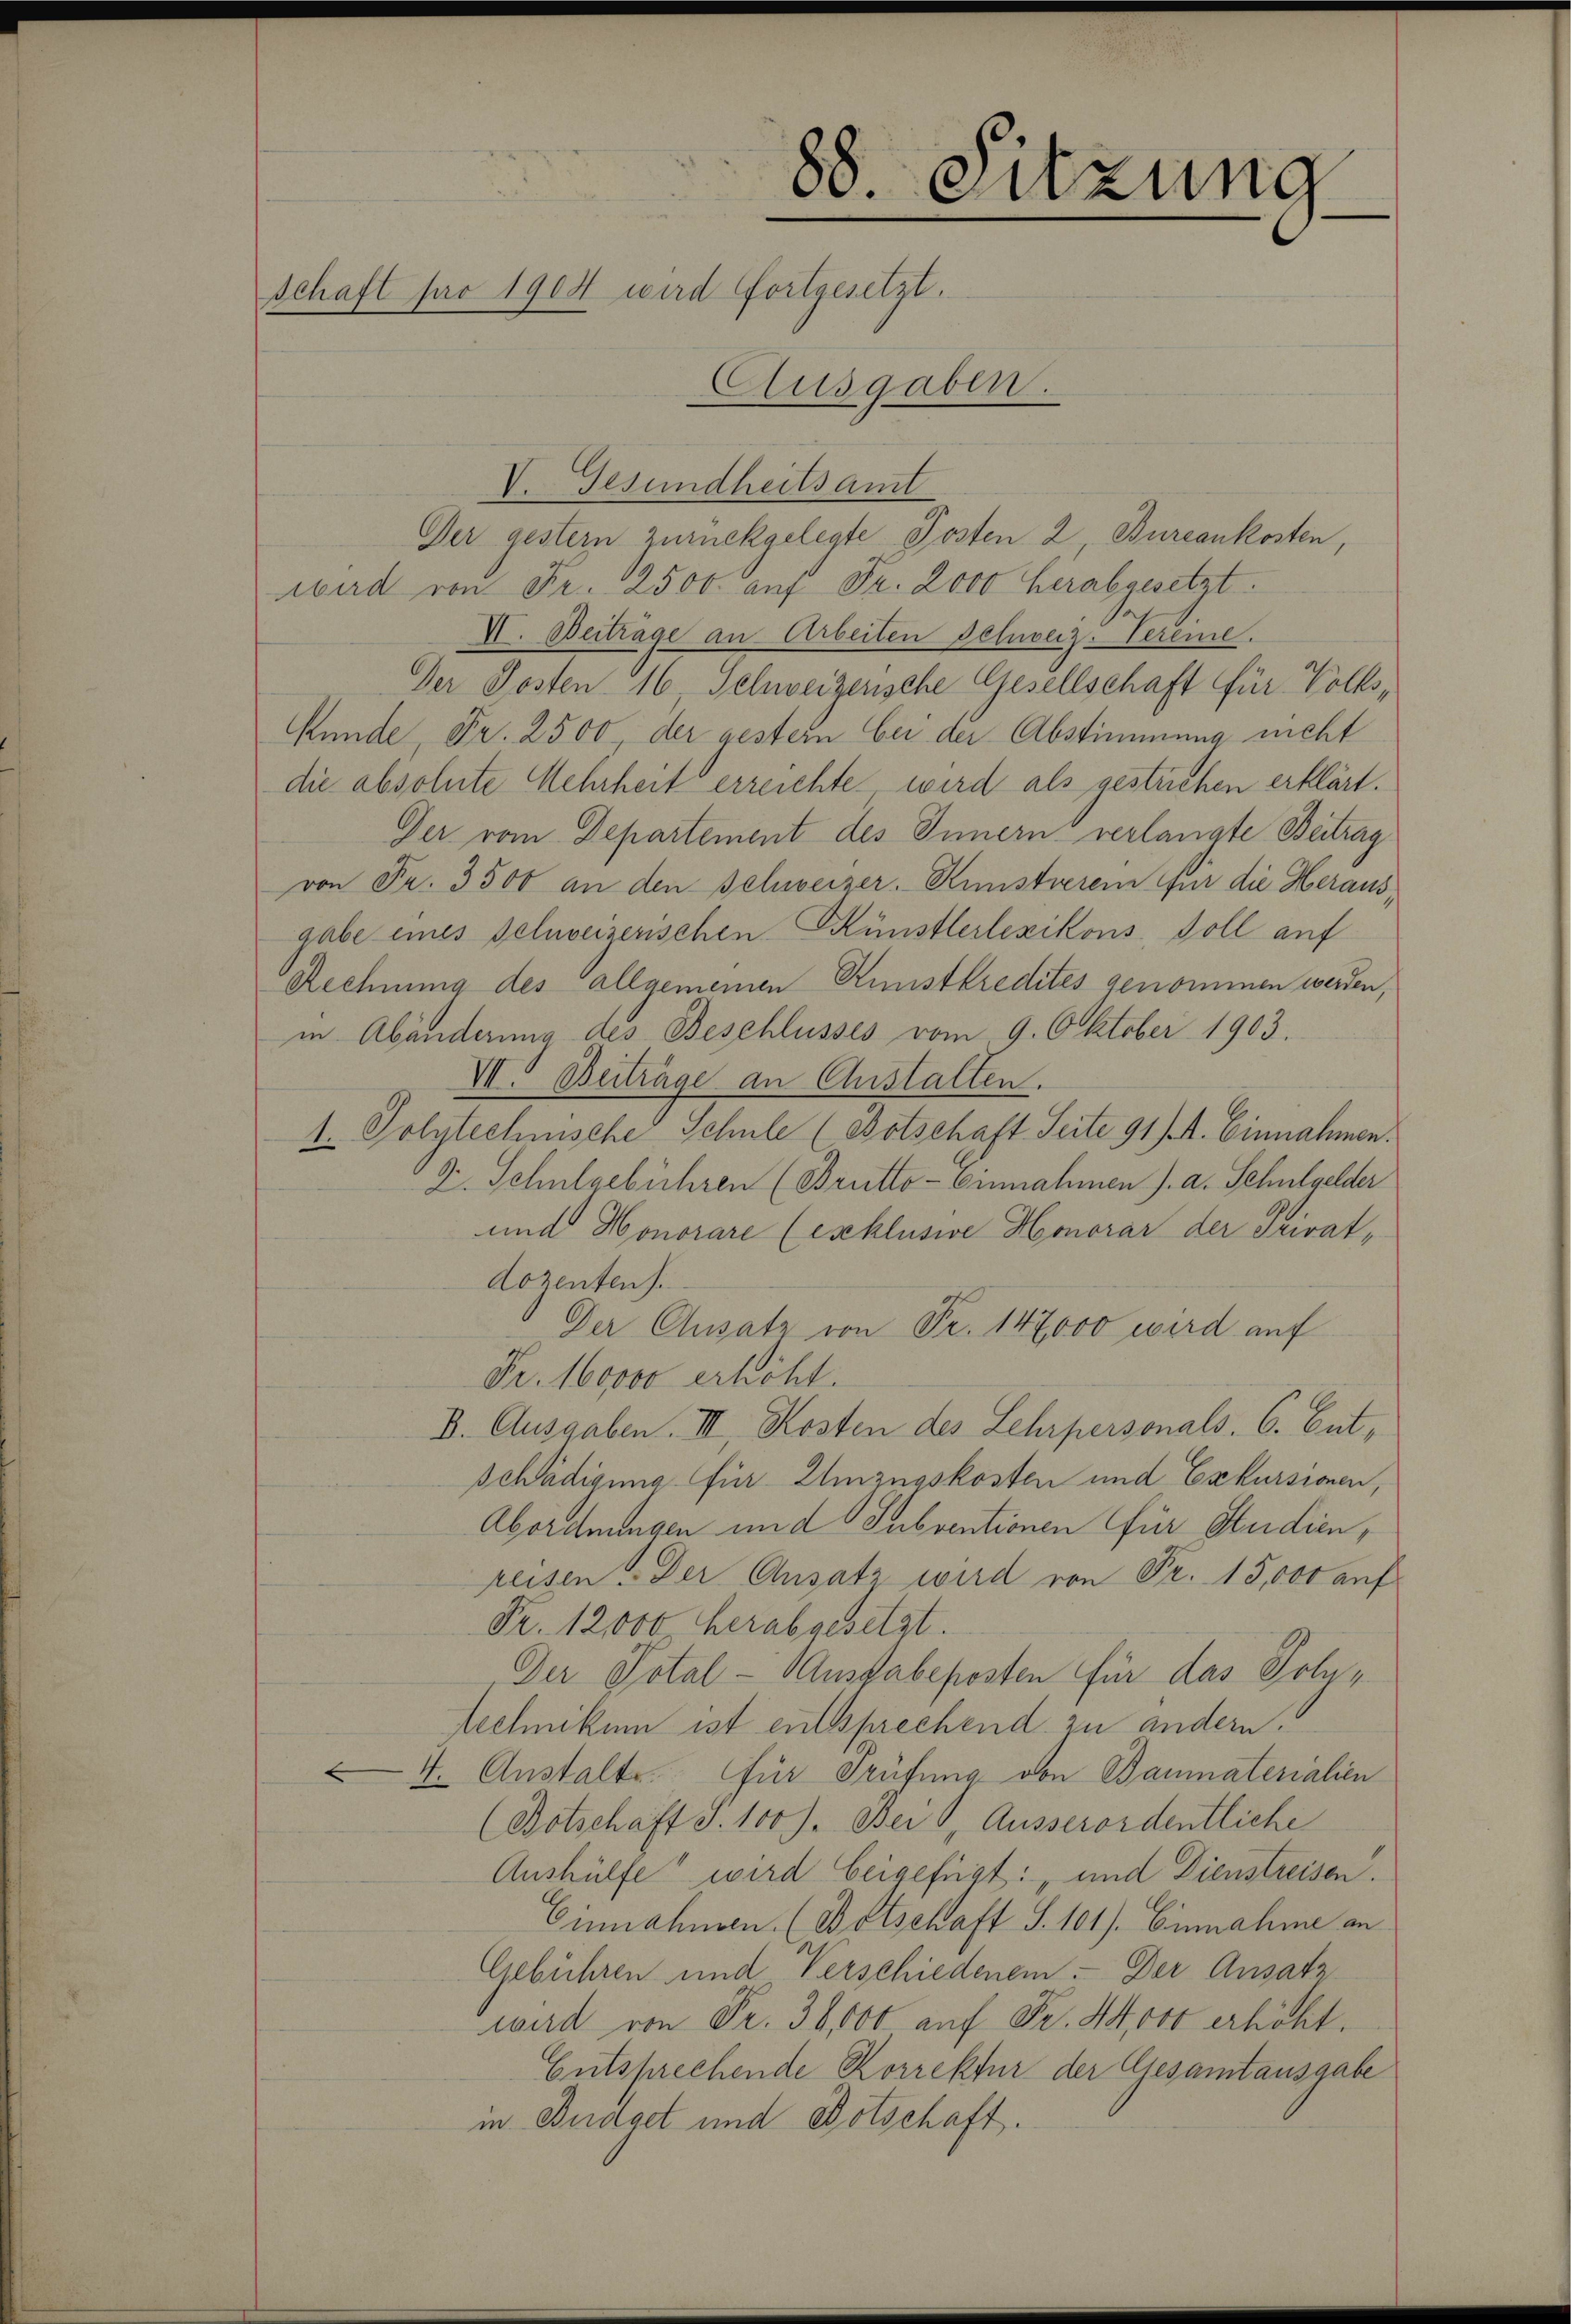
88. Sitzung
schaft pro 1904 wird fortgesetzt.
Ausgaben.

V. Gesundheitsamt
Der gestern zurückgelegte Posten 2, Bureaukosten,
wird von Fr. 2500. auf Fr. 2000 herabgesetzt.
VI. Beiträge an Arbeiten Peluveiz-Vereie.
Der Posten 16, Schweizerische Gesellschaft für Volks,
Kunde Fr. 2500, der gestern bei der Abstimmung nicht
die absolute Mehrheit erreichte wird als gestrichen erklärt.
Ger vom Departement des Innern verlangte Beitrag
von Fr. 3500 an den Schweizer. Künstieren für die Heraus,
gabe eines Schweizerischen Künstlerlezikons, Soll auf
Rechnung des allgemeinen Kunstkredites genommen werden,
in Abänderung des Beschlusses vom 9. Oktober 1903.
VI. Beiträge an Anstallen.
1. Polytechnische Schule (Botschaft Seite 91 f. 4. Einnahmen.
D. Schulgebühren (Brutto-Einnahmen J. a. Schulgelder
und Honorare (esklusive Honorar der Privat,
dozenten).
Der Chusatz von Fr. 147000 wird auf
Fr. 160000 erhöht.
D. Ausgaben. III, Kosten des Lehrpersonals. 6. Entschädigung für Einzugskosten und Exekursionen,
Abordnungen und Subventionen für Studien,
reisen. Der Ansatz wird von Fr. 15,000 auf
Fr. 12000 herabgesetzt.
Der Total- Ausgabeposten für das Polytechnikum ist entsprechend zu andern.
 4. Anstalt für Prüfung von Baumaterialien
(Botschaft S. 100 J. Bei Ausserordentliche
Aushülfe wird beigefügt: „und Dienstreisen.
Einnahmen. (D Etschaft S. 101). Einnahme an
Gebühren und Verschiedenen. Der Ansatz
wird von Fr. 36,000 auf Fr. 44,000 erhöht.
Entsprechende Korrektur der Gesamtausgabe
in Budget und Botschaft.